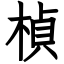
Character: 楨